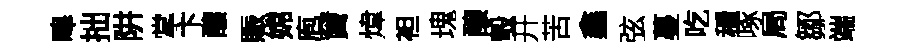
嗥拙阱掌卞釀賑嫦庖竇煒袒瑰醸彀开苦鑫弦蔓吃穩啄局鄒端